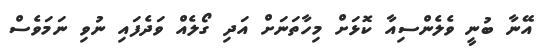
އޭނާ ބުނީ ވެލެންސިއާ ކޮޅަށް މިހާތަނަށް އަދި ގޯލެއް ވަދެފައި ނުވި ނަމަވެސް